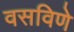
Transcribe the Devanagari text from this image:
वसविणे